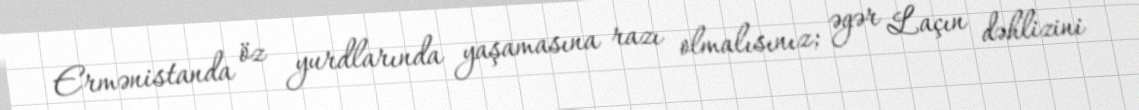
Ermənistanda öz yurdlarında yaşamasına razı olmalısınız; əgər Laçın dəhlizini